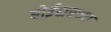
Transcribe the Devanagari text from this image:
बोईसरच्या